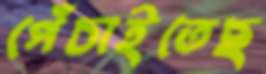
পেঁচাইতেছ